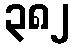
၃၈၂